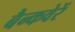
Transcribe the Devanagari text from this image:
बैन्कवेरें